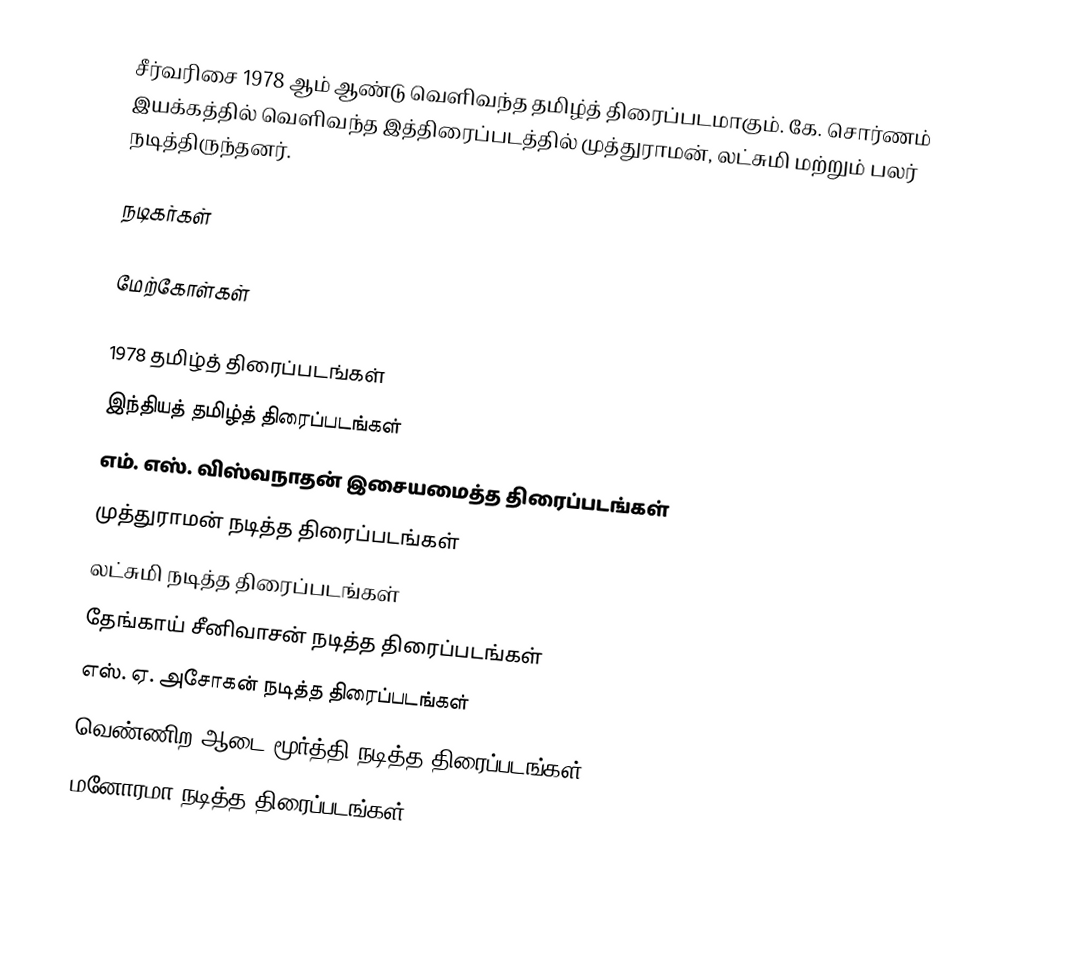
சீர்வரிசை 1978 ஆம் ஆண்டு வெளிவந்த தமிழ்த் திரைப்படமாகும். கே. சொர்ணம் இயக்கத்தில் வெளிவந்த இத்திரைப்படத்தில் முத்துராமன், லட்சுமி மற்றும் பலர் நடித்திருந்தனர்.

நடிகர்கள்

மேற்கோள்கள்

1978 தமிழ்த் திரைப்படங்கள்
இந்தியத் தமிழ்த் திரைப்படங்கள்
எம். எஸ். விஸ்வநாதன் இசையமைத்த திரைப்படங்கள்
முத்துராமன் நடித்த திரைப்படங்கள்
லட்சுமி நடித்த திரைப்படங்கள்
தேங்காய் சீனிவாசன் நடித்த திரைப்படங்கள்
எஸ். ஏ. அசோகன் நடித்த திரைப்படங்கள்
வெண்ணிற ஆடை மூர்த்தி நடித்த திரைப்படங்கள்
மனோரமா நடித்த திரைப்படங்கள்